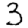
Digit: 3